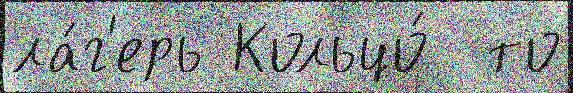
ла́г'ерь Кольцо́  то